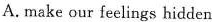
A. make our feelings hidden Jur Ieelings hidden